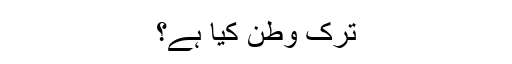
ترک وطن کیا ہے؟